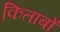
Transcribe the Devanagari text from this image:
कि़ताबों